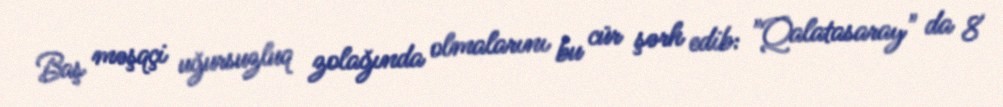
Baş məşqçi uğursuzluq zolağında olmalarını bu cür şərh edib: "Qalatasaray" da 8